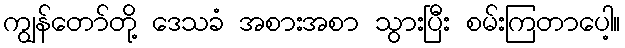
ကျွန်တော်တို့ ဒေသခံ အစားအစာ သွားပြီး စမ်းကြတာပေါ့။